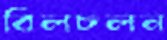
বিলচলন